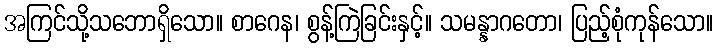
အကြင်သို့သဘောရှိသော။ စာဂေန၊ စွန့်ကြဲခြင်းနှင့်။ သမန္နာဂတော၊ ပြည့်စုံကုန်သော။